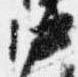
中